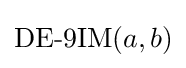
\operatorname {DE-9IM} (a,b)